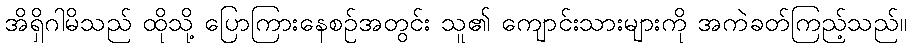
အိရှိဂါမိသည် ထိုသို့ ပြောကြားနေစဉ်အတွင်း သူ၏ ကျောင်းသားများကို အကဲခတ်ကြည့်သည်။